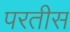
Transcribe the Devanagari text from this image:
परतीस